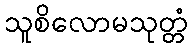
သူစိလောမသုတ္တံ